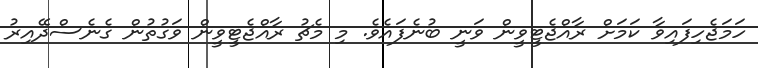
ހަމަޖެހިފައިވާ ކަމަށް ރާއްޖެޓީވީން ވަނީ ބުނެފައެވެ. މި މެޗު ރާއްޖެޓީވީން ވަގުތުން ގެނެސްދޭއިރު